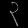
Digit: ၃